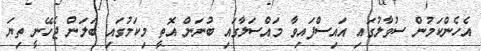
އެހެންކަމުން ސުވާލުގައި އައިސްފައިވާ މައްސަލާގައި ބުނަން އޮތީ މިކަމުގައި ބަލަން ޖެހޭނީ ތިޔަ